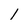
Character: 1